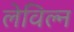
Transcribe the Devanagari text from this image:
लेविल्न